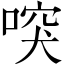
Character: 𠸂